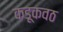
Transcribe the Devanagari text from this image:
कडूकवठ